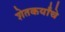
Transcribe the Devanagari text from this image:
शेतकर्यांचे